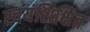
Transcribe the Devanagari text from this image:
स्वयंशिक्षित